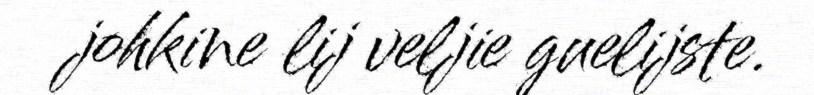
johkine lij veljie guelijste.